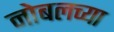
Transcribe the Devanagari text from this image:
नोबलच्या